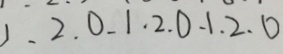
1 , 2 , 0 , 1 , 2 , 0 , 1 , 2 , 0